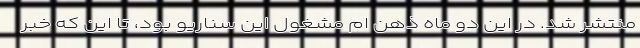
منتشر شد. در این دو ماه ذهن ام مشغول این سناریو بود، تا این که خبر